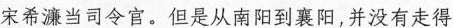
宋希濂当司令官。但是从南阳到襄阳，并没有走得